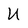
Character: U